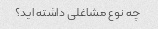
چه نوع مشاغلی داشته اید؟